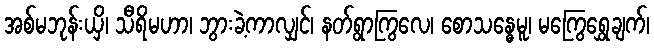
အစ်မဘုန်းယှိ၊ သီရိမဟာ၊ ဘွားခဲ့ကာလျှင်၊ နတ်ရွာကြွလေ၊ စောသန္ဓေမူ၊ မကြွေရွှေချက်၊